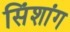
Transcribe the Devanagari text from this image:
सिंशांग